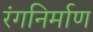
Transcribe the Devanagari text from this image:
रंगनिर्माण